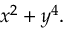
x ^ { 2 } + y ^ { 4 } .